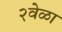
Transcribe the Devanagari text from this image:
२वेळा